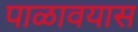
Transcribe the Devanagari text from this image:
पाळावयास